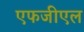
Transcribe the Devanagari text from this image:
एफजीएल